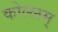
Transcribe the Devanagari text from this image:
कोल्लम्